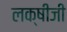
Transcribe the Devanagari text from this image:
लक्षीजी